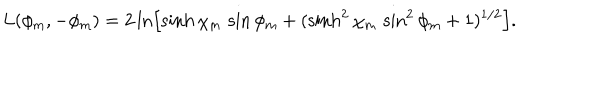
L ( \phi _ { \mathrm { m } } , - \phi _ { \mathrm { m } } ) = 2 \ln \left[ \sinh \chi _ { \mathrm { m } } \, \sin \phi _ { \mathrm { m } } + ( \sinh ^ { 2 } \chi _ { \mathrm { m } } \, \sin ^ { 2 } \phi _ { \mathrm { m } } + 1 ) ^ { 1 / 2 } \right] .